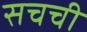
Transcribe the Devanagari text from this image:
सचची